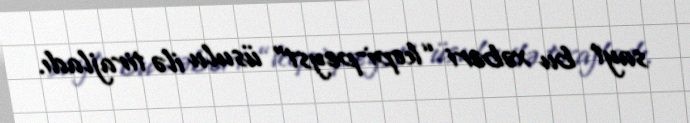
sayt bu xəbəri “kopi-peyst” üsulu ilə tirajladı.